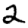
Digit: 2